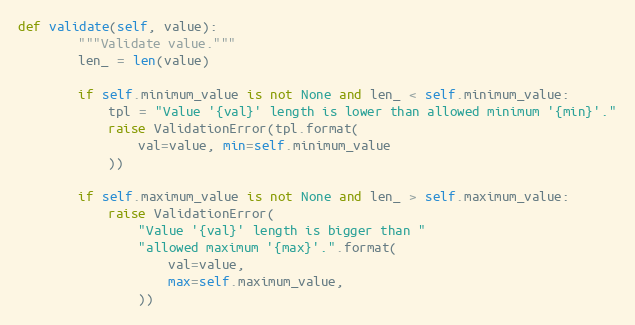
Language: Python
def validate(self, value):
        """Validate value."""
        len_ = len(value)

        if self.minimum_value is not None and len_ < self.minimum_value:
            tpl = "Value '{val}' length is lower than allowed minimum '{min}'."
            raise ValidationError(tpl.format(
                val=value, min=self.minimum_value
            ))

        if self.maximum_value is not None and len_ > self.maximum_value:
            raise ValidationError(
                "Value '{val}' length is bigger than "
                "allowed maximum '{max}'.".format(
                    val=value,
                    max=self.maximum_value,
                ))